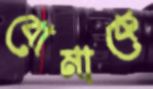
বোমাকে